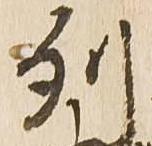
列